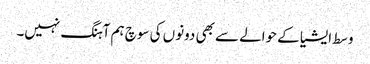
وسط ایشیا کے حوالے سے بھی دونوں کی سوچ ہم آہنگ نہیں۔